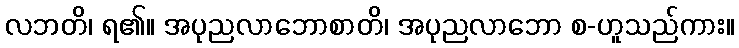
လဘတိ၊ ရ၏။ အပုညလာဘောစာတိ၊ အပုညလာဘော စ-ဟူသည်ကား။